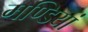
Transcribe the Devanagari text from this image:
मण्डियां